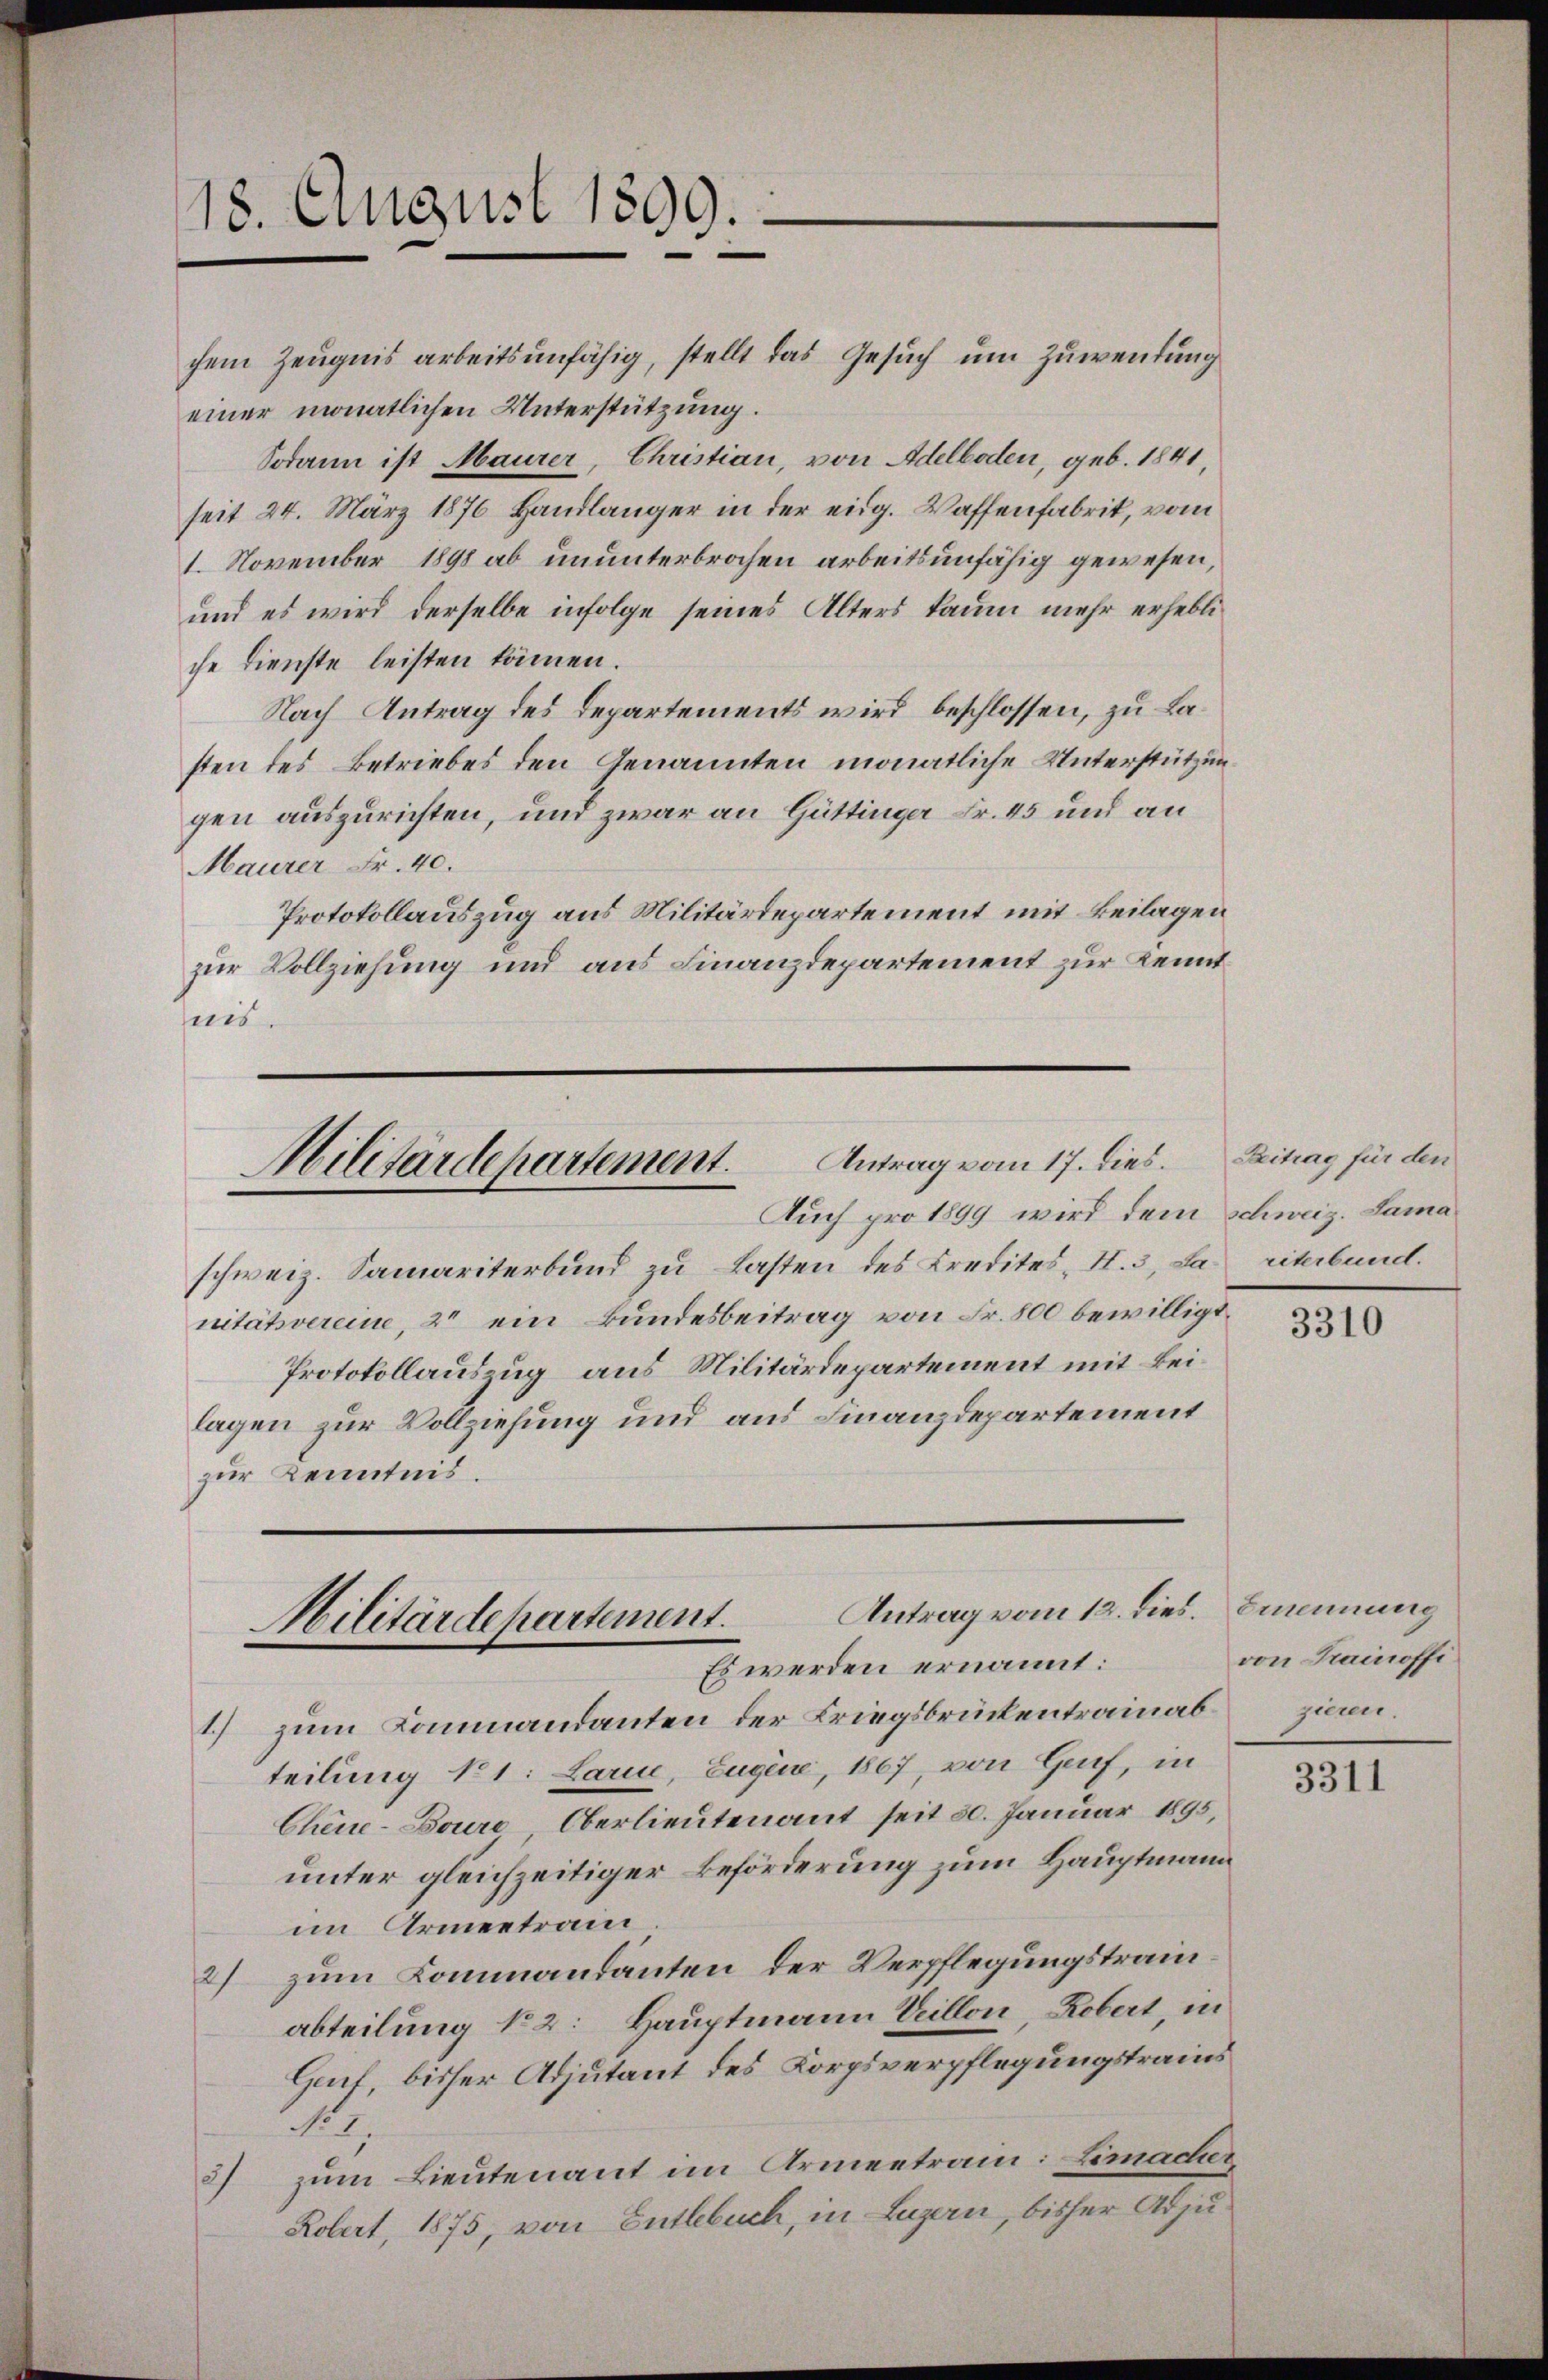
18. August 1809.
d

chem Zeugnis arbeitsunfähig, stellt das Gesuch um Zuwendung
einer monatlichen Unterstützung.
Sodann ist Maurer, Christian, von Adelboden, geb. 1841,
seit 24. März 1876 Handlänger in der eidg. Waffenfabrik, vom
1. November 1890 ab ununterbrochen arbeitsunfähig gewesen,
und es wird derselbe infolge seines Alters kaum mehr erhebliche Dienste leisten können.
Nach Antrag des Departements wird beschlossen, zu Lasten des Betriebes den Genannten monatliche Unterstützungen auszurichten, und zwar an Güttinger Fr. 45 und an
Maurer Fr. 40.
Protokollauszug aus Militärdepartement mit Beilagen
zur Vollziehung und aus Finanzdepartement zur Kenntnis.

Militärdepartement. Antrag vom 17. dies.
Auch pro 1899 wird dem Schweiz. Sama¬

schweiz. Samariterbund zu Lasten des Kredites H. 3, La riterbund.
nitätsvereine, 2 ein Bundesbeitrag von Fr. 800 bewilligt.
Protokollauszug aus Militärdepartement mit Beilagen zur Vollziehung und aus Finanzdepartement
zur Kenntnis.

Antrag vom 12. dies. Bummung
Militärdepartement.
Es werden ernannt:

1) zum Kommandanten der Kriegsbrückentrainab
teilung 11: Lari, Eugene, 1867, von Hanf, in
Chine-Boure, Oberlieutenant seit 30. Januar 1895,
unter gleichzeitiger Beförderung zum Hauptmann
im Armeetrain
2) zum Commandanten der Verpflegungstrauabteilung No 2: Hauptmann Villon, Robert, in
Geut bisher Adjutant des Korpsverpflegungstrains
12.
2) zum Lieutenant im Armentrain: Limacher
Kobert, 1875, von Entlebuch, in Luzern, bisher Adju¬

Beitrag für den

3310

von Trainoffizieren.

3311